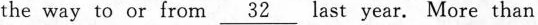
the way to or from \underline{32} last year. More than